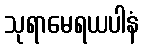
သုရာမေရယပါနံ